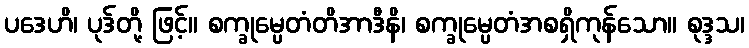
ပဒေဟိ၊ ပုဒ်တို့ ဖြင့်။ စက္ခုမ္ပေတံတိအာဒီနိ၊ စက္ခုမ္ပေတံအစရှိကုန်သော။ စုဒ္ဒသ၊